Dysentery and liver abscess in Bombay - Number 47
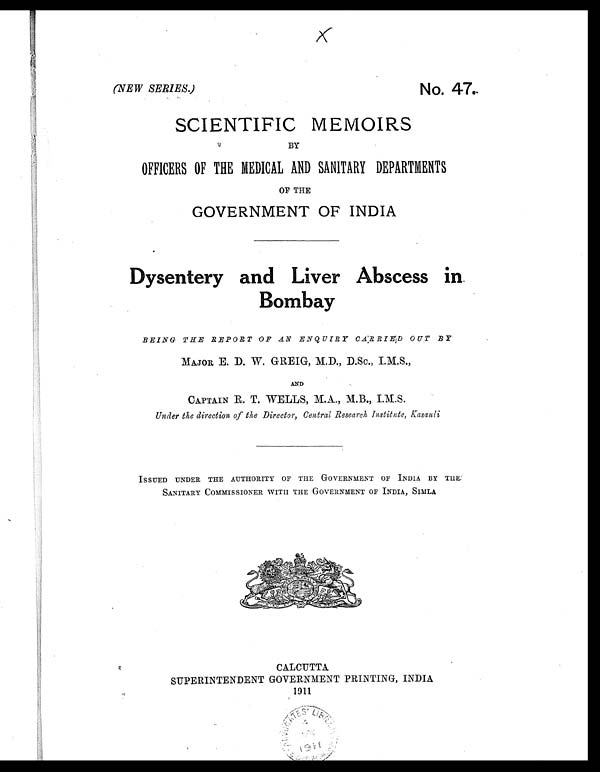
(NEW SERIES.)
No. 47.
SCIENTIFIC MEMOIRS
BY
OFFICERS OF THE MEDICAL AND SANITARY DEPARTMENTS
OF THE
GOVERNMENT OF INDIA
Dysentery and Liver Abscess in.
Bombay
BEING THE REPORT OF AN ENQUIRY CARRIEID OUT BY
MAJOR, E. D. W. GREIG, M.D., D.Sc., I.M.S.,
AND
CAPTAIN R. T. WELLS, M.A., M.B., I.M.S.
Under the direction of the Director, Central Research Institute, Kasauli
ISSUED UNDER THE AUTHORITY OF THE GOVERNMENT OF INDIA BY THE'
SANITARY COMMISSIONER WITH THE GOVERNMENT OF INDIA, SIMLA
CALCUTTA.
SUPERINTENDENT GOVERNMENT PRINTING, INDIA
1911